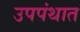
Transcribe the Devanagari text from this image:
उपपंथात